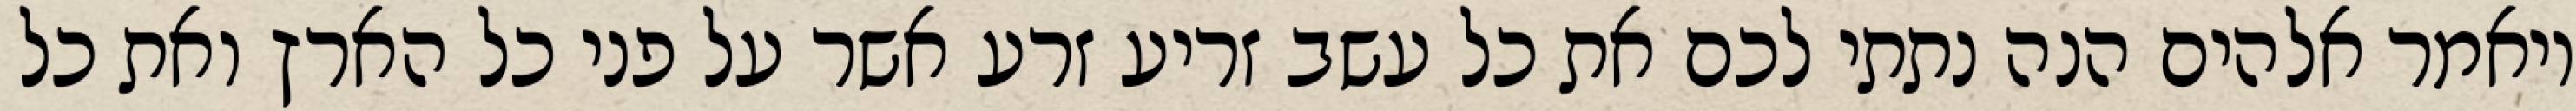
ויאמר אלהים הנה נתתי לכם את כל עשב זריע זרע אשר על פני כל הארץ ואת כל